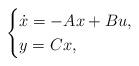
LaTeX: \begin{align*}\begin{cases}\dot{x} = -Ax +Bu, \\y = Cx,\end{cases} \end{align*}